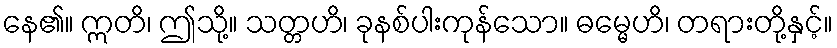
နေ၏။ ဣတိ၊ ဤသို့။ သတ္တဟိ၊ ခုနစ်ပါးကုန်သော။ ဓမ္မေဟိ၊ တရားတို့နှင့်။